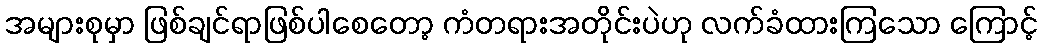
အများစုမှာ ဖြစ်ချင်ရာဖြစ်ပါစေတော့ ကံတရားအတိုင်းပဲဟု လက်ခံထားကြသော ကြောင့်